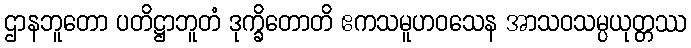
ဌာနဘူတော ပတိဋ္ဌာဘူတံ ဒုက္ခိတောတိ ဧကသမူဟဝသေန အာသဝသမ္ပယုတ္တဿ